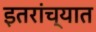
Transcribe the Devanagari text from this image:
इतरांच्यात